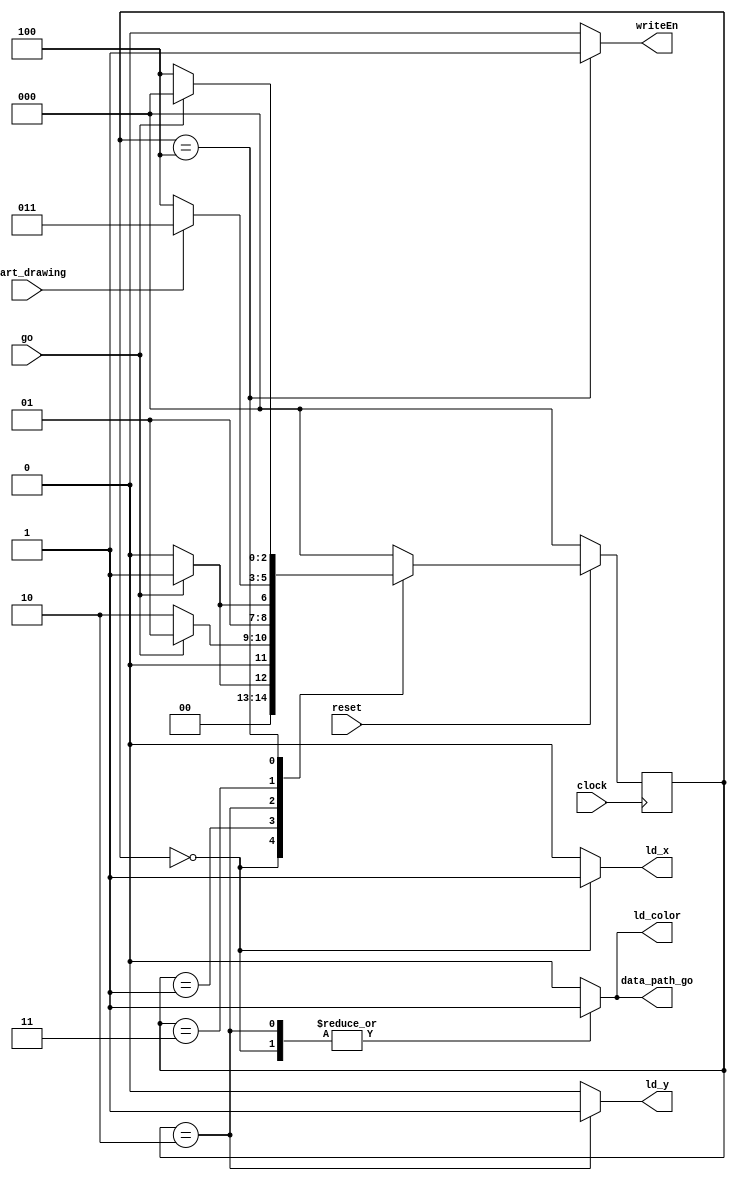
module control(clock, reset, go, start_drawing, data_path_go, writeEn, ld_x, ld_y, ld_color);
    input clock;
    input reset;
    input go;
	input start_drawing;
	
	output reg data_path_go;
	output reg writeEn;
	output reg ld_x, ld_y, ld_color;

    reg [2:0] current_state, next_state; 
    
    localparam  S_LOAD_X        = 3'b000,
                S_LOAD_X_WAIT   = 3'b001,
                S_LOAD_Y        = 3'b010,
                S_LOAD_Y_WAIT   = 3'b011,
                S_DRAW       = 3'b100;
    
    // Next state logic aka our state table
    always@(*)
    begin: state_table 
            case (current_state)
                S_LOAD_X: next_state = go ? S_LOAD_X_WAIT : S_LOAD_X; // Loop in current state until value is input
                S_LOAD_X_WAIT: next_state = go ? S_LOAD_X_WAIT : S_LOAD_Y; // Loop in current state until go signal goes low
                S_LOAD_Y: next_state = go ? S_LOAD_Y_WAIT : S_LOAD_Y; // Loop in current state until value is input
                S_LOAD_Y_WAIT: next_state = start_drawing ? S_LOAD_Y_WAIT : S_DRAW; // Loop in current state until go signal goes low
				S_DRAW: next_state = go ? S_LOAD_X : S_DRAW;
            default: next_state = S_LOAD_X;
        endcase
    end // state_table
	
    // Output logic aka all of our datapath control signals
    always @(*)
    begin: enable_signals
        // By default make all our signals 0
		ld_x = 1'b0;
		ld_y = 1'b0;
		ld_color = 1'b0;
		data_path_go = 1'b0;
		writeEn = 1'b0;
        case (current_state)
            S_LOAD_X: begin
				ld_x = 1'b1;
				ld_color = 1'b1;
				data_path_go = 1;
                end
            S_LOAD_Y: begin
				ld_y = 1'b1;
				ld_color = 1'b1;
				data_path_go = 1;
                end
            S_DRAW: begin
				data_path_go = 1'b0;
                writeEn = 1;
                end
        // default:    // don't need default since we already made sure all of our outputs were assigned a value at the start of the always block
        endcase
    end // enable_signals
   
    // current_state registers
    always@(posedge clock)
    begin
        if(!reset)
            current_state <= S_LOAD_X;
        else
            current_state <= next_state;
    end // state_FFS
endmodule